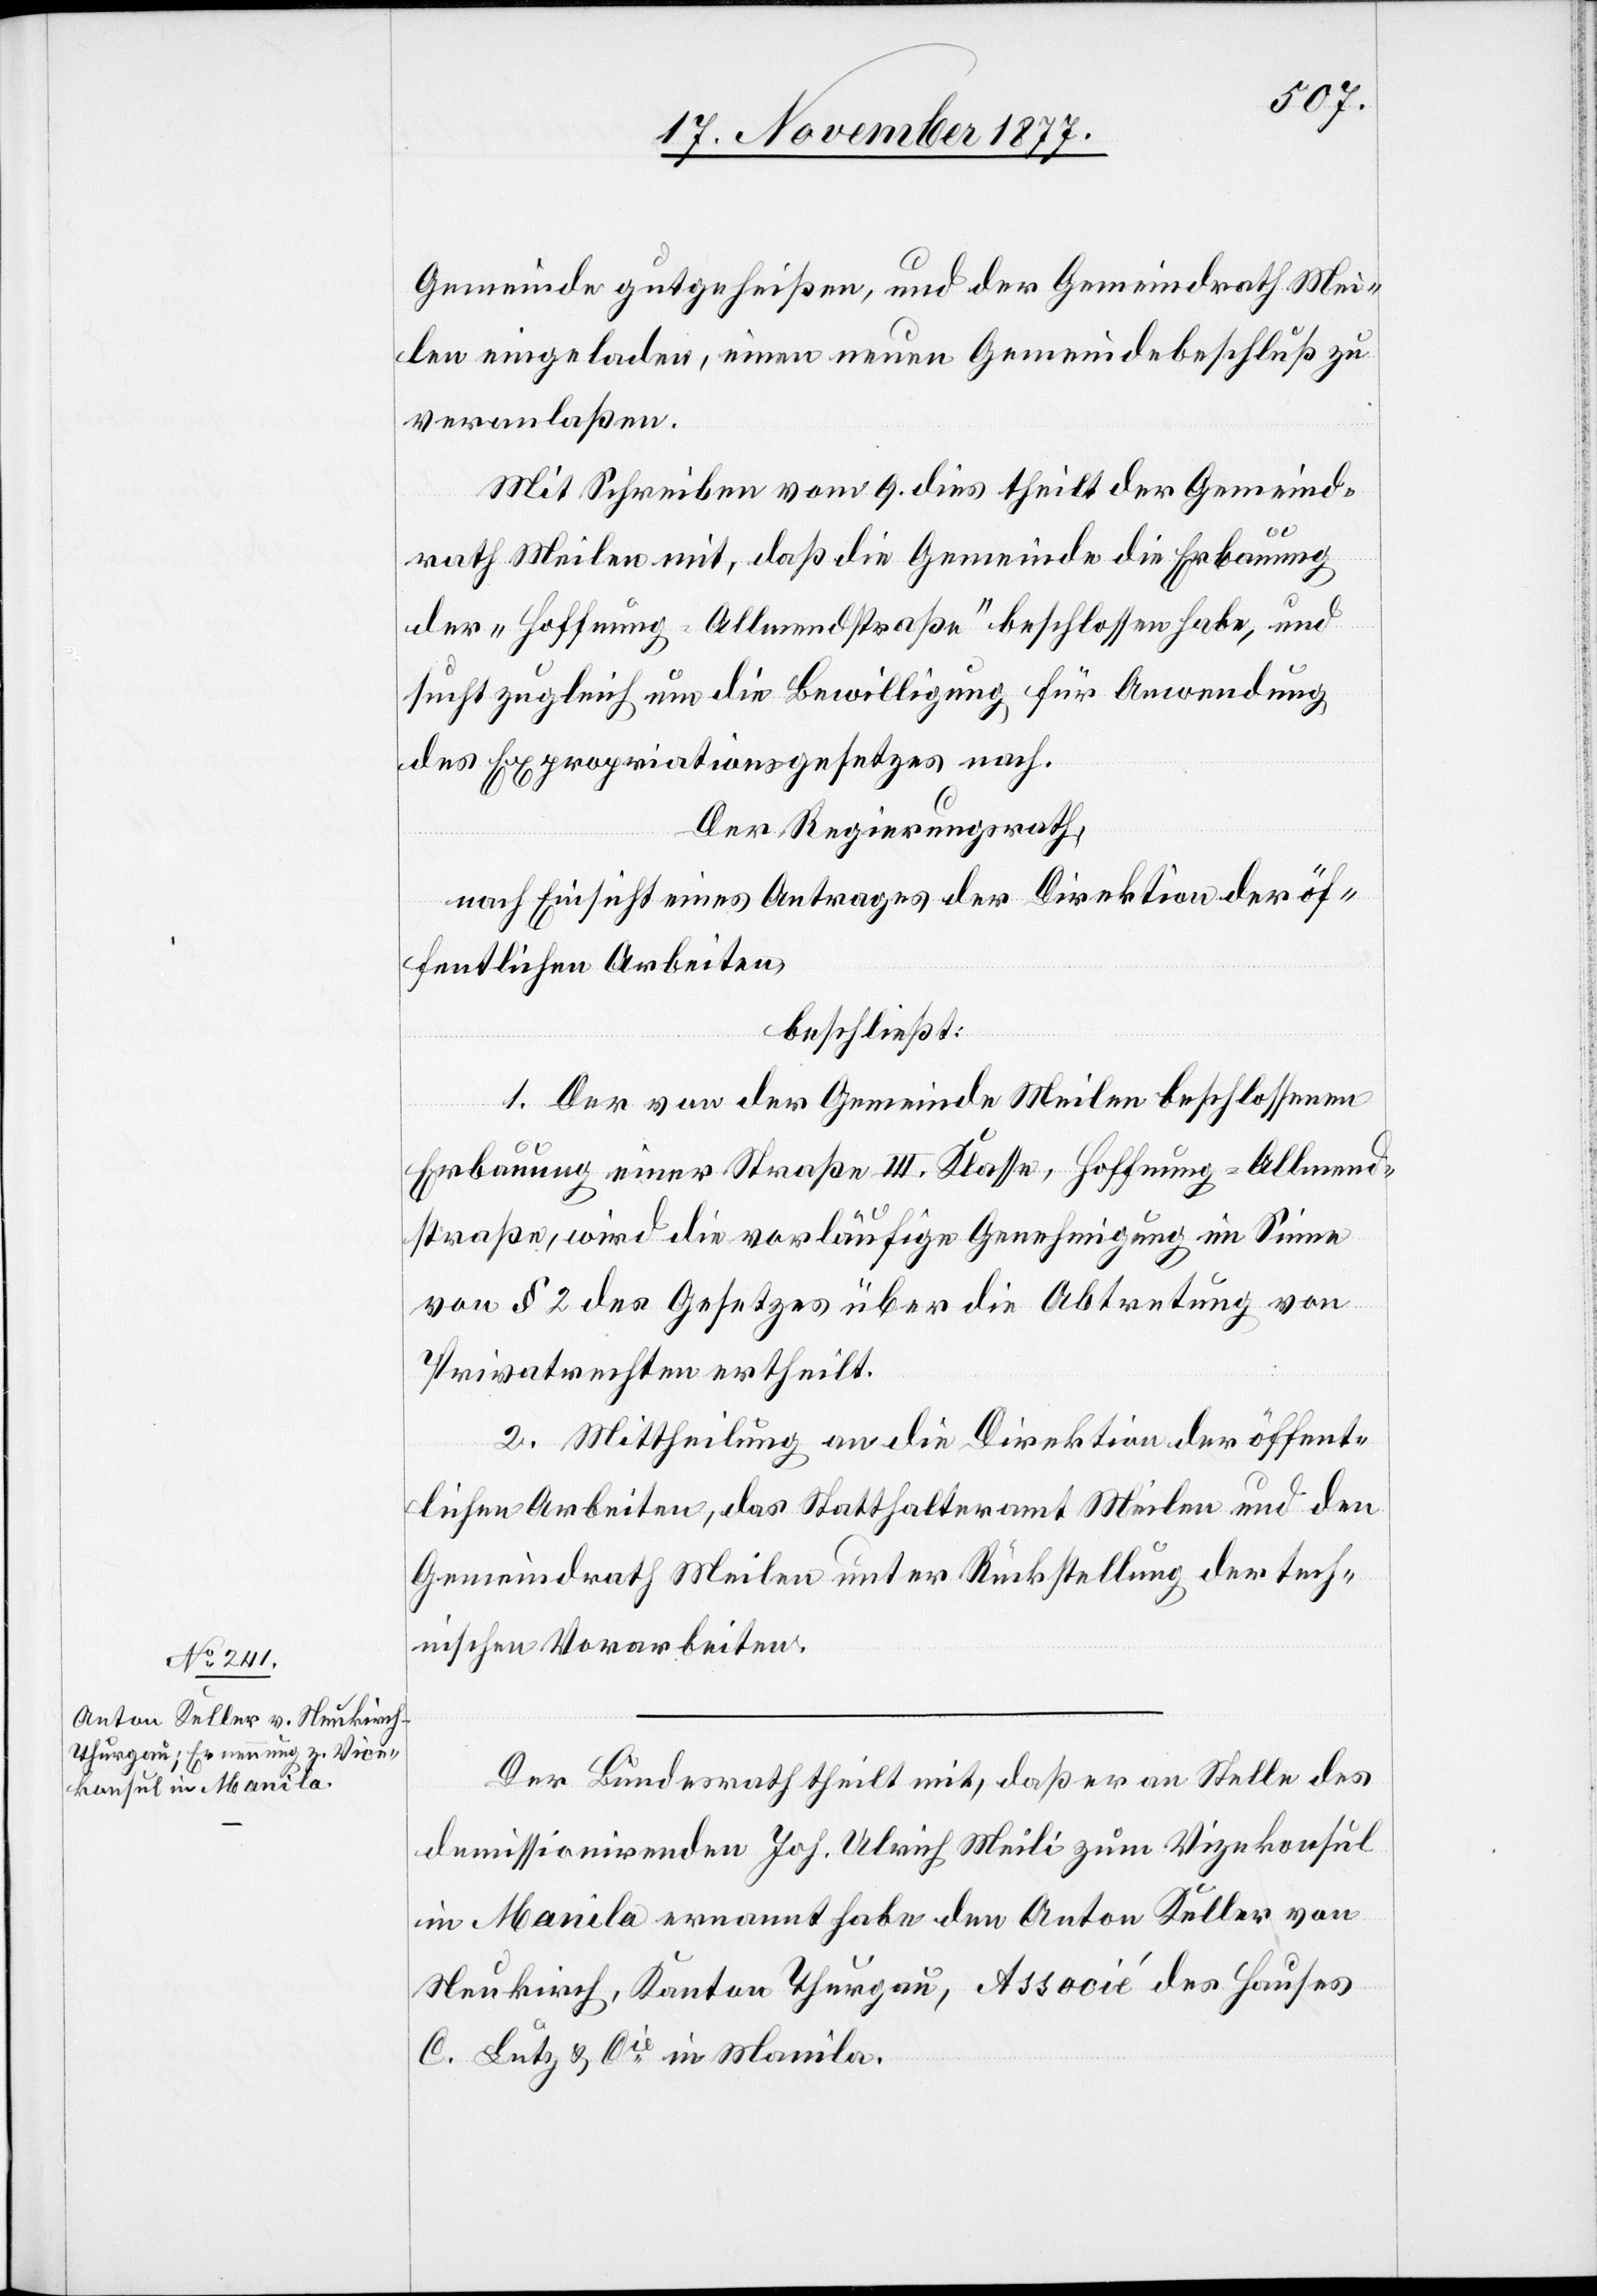
Gemeinde gutgeheißen, und der Gemeindrath Mei¬
len eingeladen, einen neuen Gemeindebeschluß zu
veranlaßen.
Mit Schreiben vom 9. dies theilt der Gemeind¬
rath Meilen mit, daß die Gemeinde die Erbauung
der „Hoffnung-Allmendstraße“ beschlossen habe, und
sucht zugleich um die Bewilligung für Anwendung
des Expropriationsgesetzes nach.
Der Regierungsrath,
nach Einsicht eines Antrages der Direktion der öf¬
fentlichen Arbeiten,
beschließt:
1. Der von der Gemeinde Meilen beschlossenen
Erbauung einer Straße III. Klasse, Hoffnung-Allmend¬
straße, wird die vorläufige Genehmigung im Sinne
von § 2 des Gesetzes über die Abtretung von
Privatrechten ertheilt.
2. Mittheilung an die Direktion der öffent¬
lichen Arbeiten, das Statthalteramt Meilen und den
Gemeindrath Meilen unter Rückstellung der tech¬
nischen Vorarbeiten.
Der Bundesrath theilt mit, daß er an Stelle des
demissionirenden Joh. Ulrich Meili zum Vizekonsul
in Manila ernannt habe den Anton Keller von
Neukirch, Kanton Thurgau, Associé des Hauses
C. Lutz & Cie in Manila.